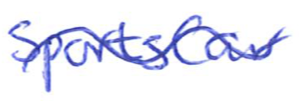
Text: SportsCar
Cross-out: wave
Writing tool: ballpoint